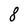
Character: 8